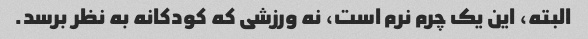
البته، این یک چرم نرم است، نه ورزشی که کودکانه به نظر برسد.